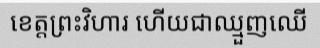
ខេត្តព្រះវិហារ ហើយជាឈ្មួញឈើ